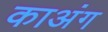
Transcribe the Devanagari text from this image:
काअंग